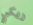
ريكي